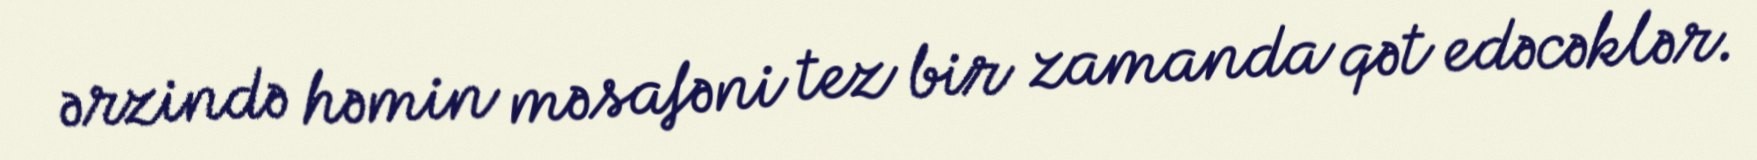
ərzində həmin məsafəni tez bir zamanda qət edəcəklər.